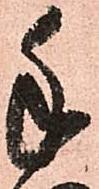
手